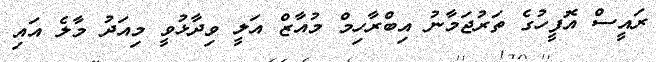
ރައީސް އޮފީހުގެ ތަރުޖަމާނު އިބްރާހިމް މުއާޒް އަލީ ވިދާޅުވީ މިއަދު މާލެ އައި